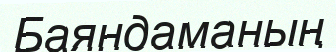
Баяндаманың